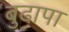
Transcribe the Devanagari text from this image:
बुढा़पा